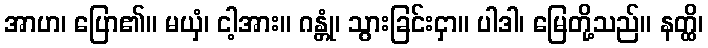
အာဟ၊ ပြော၏။ မယှံ၊ ငါ့အား။ ဂန္တုံ၊ သွားခြင်းငှာ။ ပါဒါ၊ မြေတို့သည်။ နတ္ထိ၊